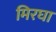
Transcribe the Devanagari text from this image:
मिरघा